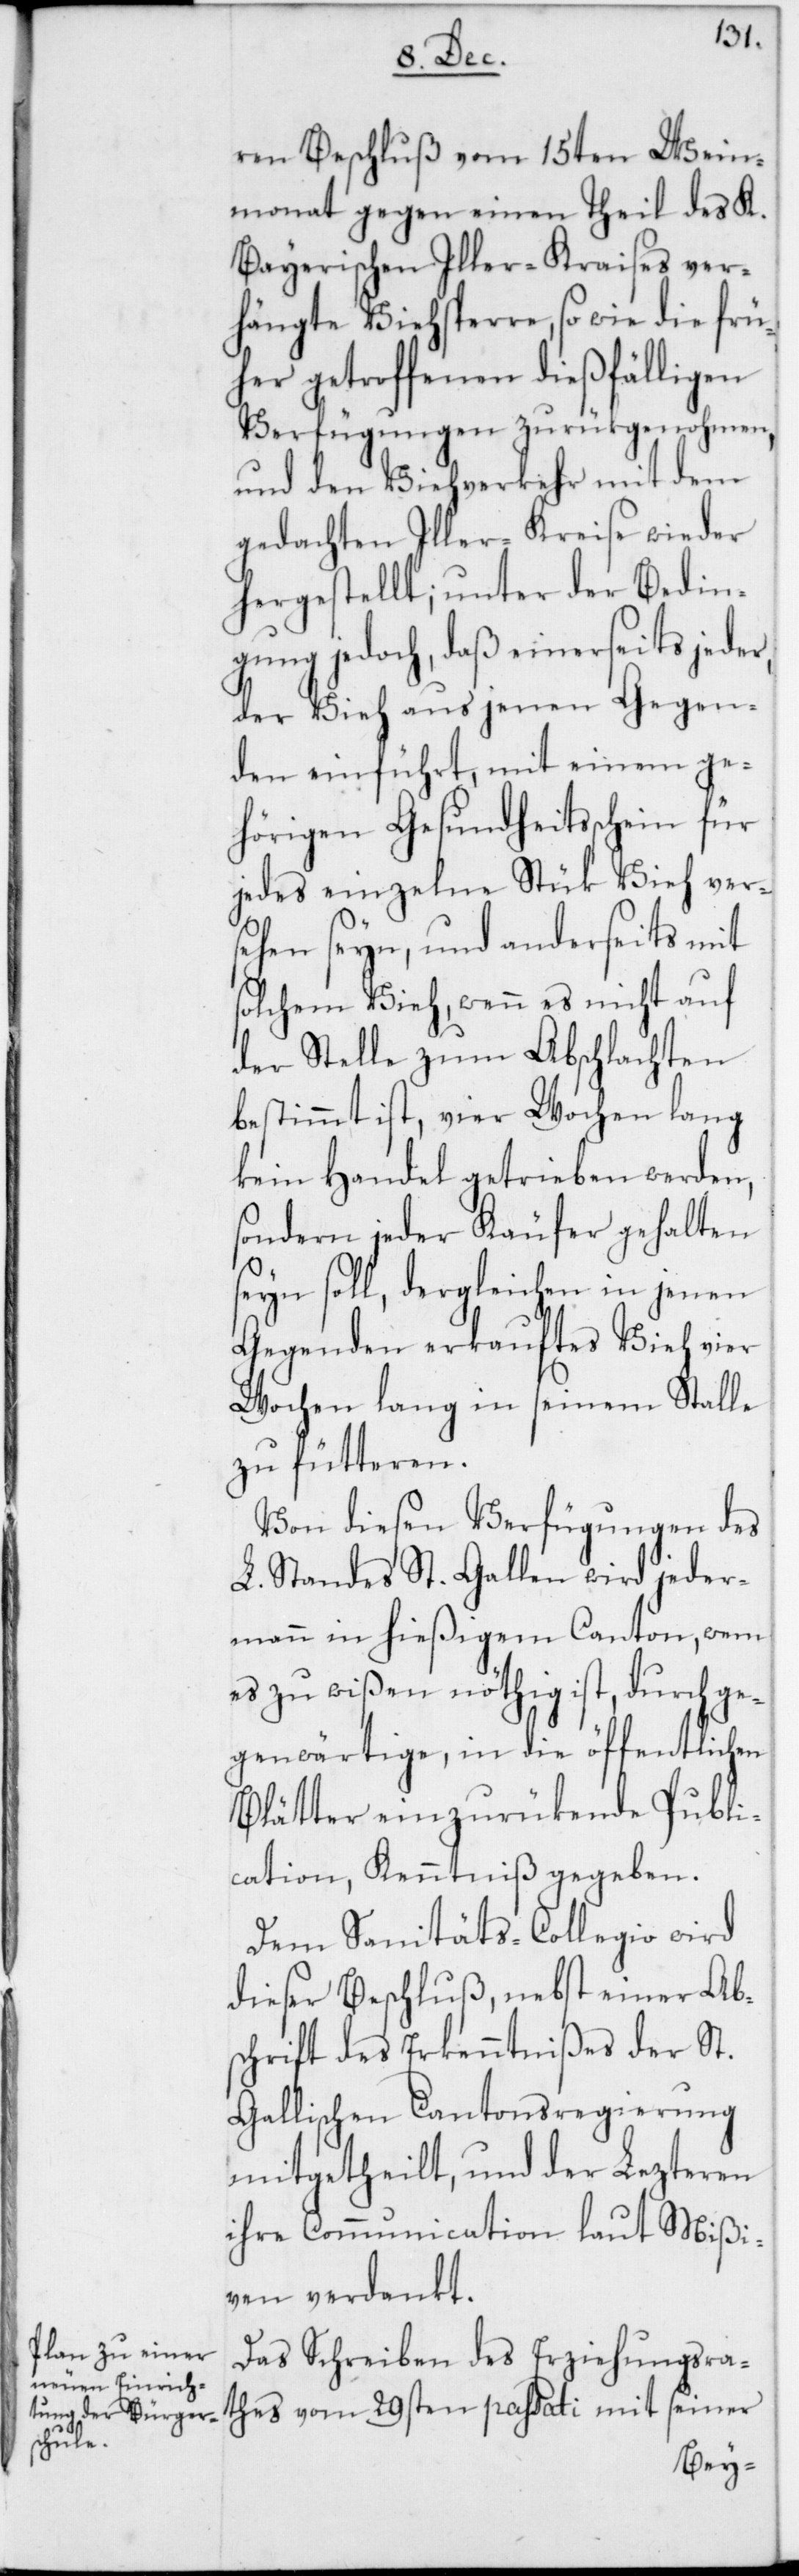
ren Beschluß vom 15ten Wein¬
monat gegen einen Theil des K.
Bayerischen Iller-Kraises ver¬
hängte Viehsperre, sowie die frü¬
her getroffenen dießfälligen
Verfügungen zurükgenohmen,
und den Viehverkehr mit dem
gedachten Iller-Kreise wieder
hergestellt; unter der Bedin¬
gung jedoch, daß einerseits jeder,
der Vieh aus jenen Gegen¬
den einführt, mit einem ge¬
hörigen Gesundheitsschein für
jedes einzelne Stück Vieh ver¬
sehen seyn, und anderseits mit
solchem Vieh, wenn es nicht auf
der Stelle zum Abschlachten
bestimmt ist, vier Wochen lang
kein Handel getrieben werden,
sondern jeder Käufer gehalten
seyn soll, dergleichen in jenen
Gegenden erkauftes Vieh vier
Wochen lang in seinem Stalle
zu fütteren.
Von diesen Verfügungen des
L. Standes St. Gallen wird jeder¬
mann in hießigem Canton, wem
es zu wißen nöthig ist, durch ge¬
genwärtige, in die öffentlichen
Blätter einzurückende Publi¬
cation, Kenntniß gegeben.
Dem Sanitäts-Collegio wird
dieser Beschluß, nebst einer Ab¬
schrift des Erkenntnißes der St.
Gallischen Cantonsregierung
mitgetheilt, und der Lezteren
ihre Communication laut Mißi¬
ven verdankt.
Das Schreiben des Erziehungsra¬
thes vom 29sten passati mit seiner